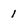
Character: I